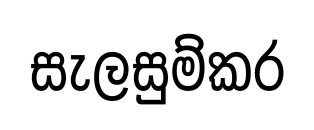
සැලසුම්කර